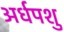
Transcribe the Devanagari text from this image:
अर्धपशु